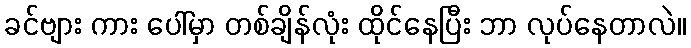
ခင်ဗျား ကား ပေါ်မှာ တစ်ချိန်လုံး ထိုင်နေပြီး ဘာ လုပ်နေတာလဲ။